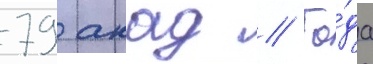
79 акад // Го́да